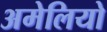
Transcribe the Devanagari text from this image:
अमेलियो